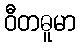
ဝီတဓူမာ